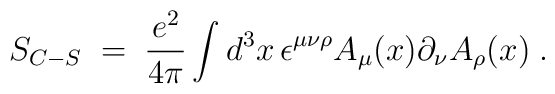
S_{C-S}\;=\;\frac{e^2}{4\pi} \int d^3x\,\epsilon^{\mu\nu\rho}  A_{\mu}(x) \partial_{\nu} A_{\rho}(x) \;.